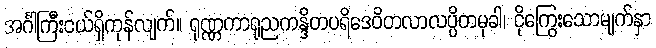
အင်္ဂါကြီးငယ်ရှိကုန်လျက်။ ရုဏ္ဏကာရုညကန္ဒိတပရိဒေဝိတလာလပ္ပိတမုခါ၊ ငိုကြွေးသောမျက်နှာ